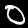
Label: 0